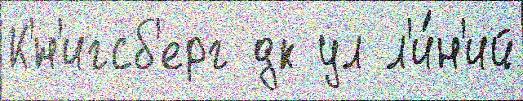
К'́н'игсб'ерг дк ул л'и́н'ий